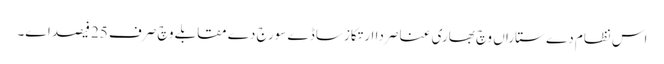
اس نظام دے ستاراں وچ بھاری عناصر دا ارتکاز ساڈے سورج دے مقابلے وچ صرف 25 فیصد ا‏‏ے۔